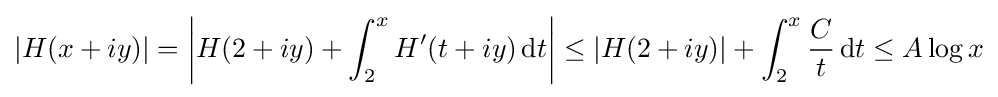
|H(x+iy)|=\left|H(2+iy)+\int _{2}^{x}H'(t+iy)\,\mathrm {d} t\right|\leq |H(2+iy)|+\int _{2}^{x}{\frac {C}{t}}\,\mathrm {d} t\leq A\log x